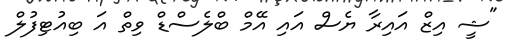
"ޝީ އިޒް އައިރާ ޔެސް އައި އޭމް ބްލެސްޑް ވިތް އަ ބިއުޓިފުލް